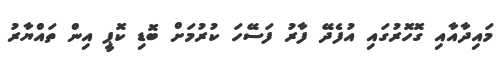
މައިދާއާއި ގޮހޮރުގައި އުފެދޭ ފާރު ފަސޭހަ ކުރުމަށް ބޮޑި ކޮޕީ އިން ތައްޔާރު